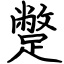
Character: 蹩